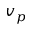
v _ { p }